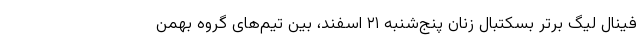
فینال لیگ برتر بسکتبال زنان پنج‌شنبه ۲۱ اسفند، بین تیم‌های گروه بهمن